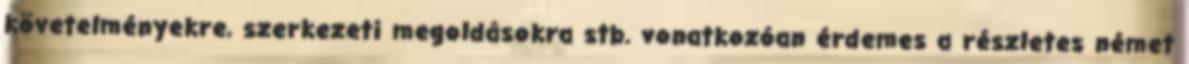
követelményekre, szerkezeti megoldásokra stb. vonatkozóan érdemes a részletes német